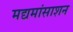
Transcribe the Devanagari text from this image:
मद्यमांसाशन